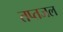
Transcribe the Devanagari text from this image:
तप्तजल